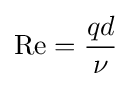
\mathrm {Re} ={\frac {qd}{\nu }}